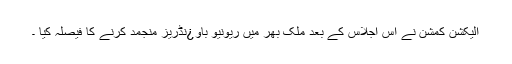
الیکشن کمشن نے اس اجلاس کے بعد ملک بھر میں ریونیو باو¿نڈریز منجمد کرنے کا فیصلہ کیا ۔